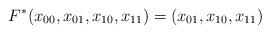
LaTeX: \begin{align*}F^* (x_{00},x_{01},x_{10},x_{11})=(x_{01},x_{10},x_{11})\end{align*}